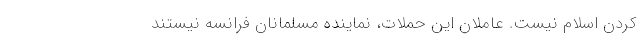
کردن اسلام نیست. عاملان این حملات، نماینده مسلمانان فرانسه نیستند